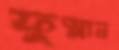
ফুস্‌লান